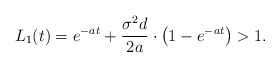
\begin{align*}L_1(t)=e^{-at}+\frac{\sigma^2d}{2a}\cdot \big( 1-e^{-at} \big)>1.\end{align*}